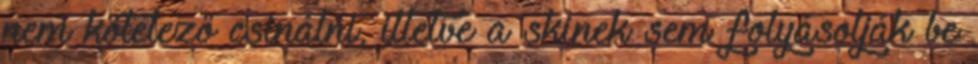
nem kötelező csinálni, illetve a skinek sem folyásolják be